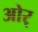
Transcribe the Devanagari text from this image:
ओर्‍